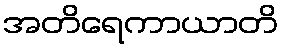
အတိရေကာယာတိ